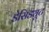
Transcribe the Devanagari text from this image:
डेसिड्यूट